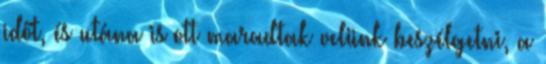
időt, és utána is ott maradtak velünk beszélgetni, a